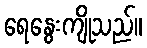
ရေနွေးကျိုသည်။